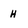
Character: h